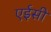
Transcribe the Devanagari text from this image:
एईसी